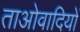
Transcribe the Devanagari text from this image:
ताओवादियों